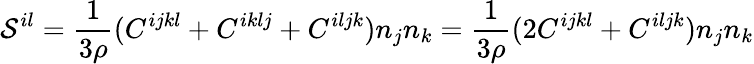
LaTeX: {\cal S}^{il}=\frac 1{3\rho}(C^{ijkl}+C^{iklj}+C^{iljk})n_{j}n_{k}=\frac 1{3\rho}(2C^{ijkl}+C^{iljk})n_{j}n_{k}